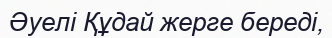
Әуелі Құдай жерге береді,